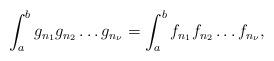
LaTeX: \begin{align*}\int_a^bg_{n_1} g_{n_2} \ldots g_{n_\nu}=\int_a^bf_{n_1}f_{n_2}\ldots f_{n_\nu},\end{align*}